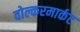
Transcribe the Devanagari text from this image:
वोल्करमार्कट